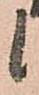
候